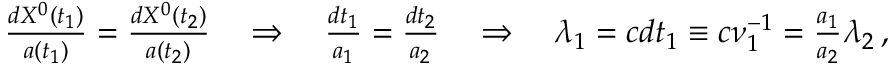
\begin{array} { r } { \frac { d X ^ { 0 } ( t _ { 1 } ) } { a ( t _ { 1 } ) } = \frac { d X ^ { 0 } ( t _ { 2 } ) } { a ( t _ { 2 } ) } \quad \Rightarrow \quad \frac { d t _ { 1 } } { a _ { 1 } } = \frac { d t _ { 2 } } { a _ { 2 } } \quad \Rightarrow \quad \lambda _ { 1 } = c d t _ { 1 } \equiv c \nu _ { 1 } ^ { - 1 } = \frac { a _ { 1 } } { a _ { 2 } } \lambda _ { 2 } \, , } \end{array}